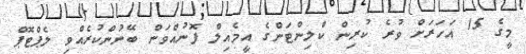
މީގެ 15 އަހަރަށް ވުރެ ކުރިން ކްލިންޓަންގެ އީމެއިލް ފޮނުއްވަން ބޭނުންކުރެއްވި ލެޕްޓޮޕް